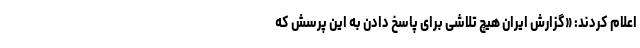
اعلام کردند: «گزارش ایران هیچ تلاشی برای پاسخ دادن به این پرسش که